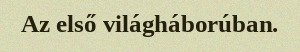
Az első világháborúban.